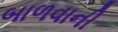
બાળવાની